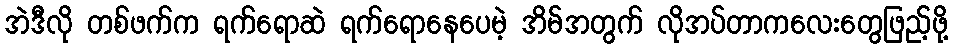
အဲဒီလို တစ်ဖက်က ရက်ရောဆဲ ရက်ရောနေပေမဲ့ အိမ်အတွက် လိုအပ်တာကလေးတွေဖြည့်ဖို့